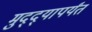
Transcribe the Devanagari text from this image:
मुद्द्‍यापर्यंत